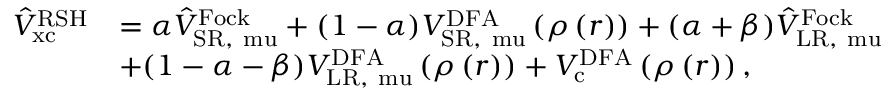
\begin{array} { r l } { \hat { V } _ { \mathrm { { x c } } } ^ { \mathrm { R S H } } } & { = \alpha \hat { V } _ { \mathrm { { S R , } \ m u } } ^ { \mathrm { F o c k } } + ( 1 - \alpha ) V _ { \mathrm { { S R , } \ m u } } ^ { \mathrm { D F A } } \left( \rho \left( \boldsymbol { r } \right) \right) + ( \alpha + \beta ) \hat { V } _ { \mathrm { { L R , } \ m u } } ^ { \mathrm { F o c k } } } \\ & { + ( 1 - \alpha - \beta ) V _ { \mathrm { { L R , } \ m u } } ^ { \mathrm { D F A } } \left( \rho \left( \boldsymbol { r } \right) \right) + V _ { \mathrm { { c } } } ^ { \mathrm { D F A } } \left( \rho \left( \boldsymbol { r } \right) \right) , } \end{array}